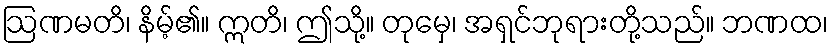
ဩဏမတိ၊ နိမ့်၏။ ဣတိ၊ ဤသို့။ တုမှေ၊ အရှင်ဘုရားတို့သည်။ ဘဏထ၊